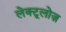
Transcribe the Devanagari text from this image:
लेक्टूलोज़